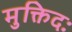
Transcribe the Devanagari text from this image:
मुक्तिदः